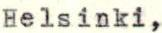
Helsinki,